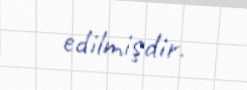
edilmişdir.